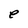
Character: e